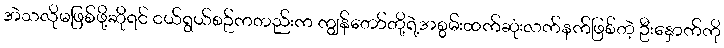
အဲသလိုမဖြစ်ဖို့ဆိုရင် ငယ်ရွယ်စဉ်ကတည်းက ကျွန်တော်တို့ရဲ့အစွမ်းထက်ဆုံးလက်နက်ဖြစ်တဲ့ ဦးနှောက်ကို